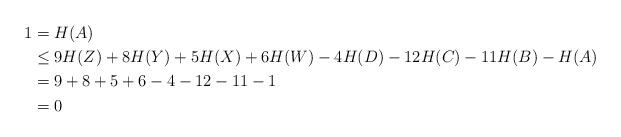
LaTeX: \begin{align*}1 &= H(A) \\&\le 9H(Z) + 8H(Y) + 5H(X) + 6H(W) - 4H(D) - 12H(C) - 11H(B) -H(A)\\&= 9 + 8 + 5 + 6 -4 -12 - 11 - 1\\&= 0\end{align*}